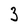
Character: 3